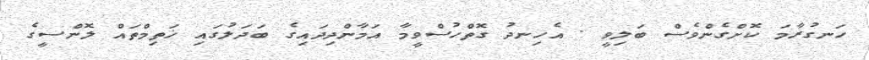
ހަނގުރާމަ ކޮށްގެންވެސް ބަލިވީ . އެހިނދު ގޮތްހުސްވީމާ އަމާންދިދައިގެ ބަދަލުގައި ޚަތިމްތައް ލޮންސީގެ